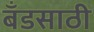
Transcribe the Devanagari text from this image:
बँडसाठी